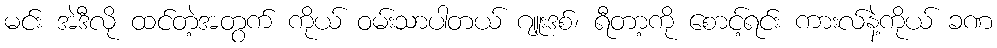
မင်း အဲဒီလို ထင်တဲ့အတွက် ကိုယ် ဝမ်းသာပါတယ် ဂျူးဒစ်၊ ရီတာ့ကို စောင့်ရင်း ကားလ်နဲ့ကိုယ် ခဏ